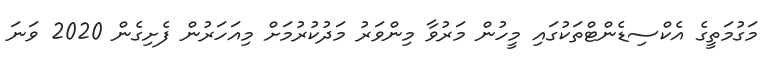
މަގުމަތީގެ އެކްސިޑެންޓްތަކުގައި މީހުން މަރުވާ މިންވަރު މަދުކުރުމަށް މިއަހަރުން ފެށިގެން 2020 ވަނަ